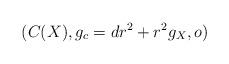
LaTeX: \begin{align*} (C(X),g_c=dr^2 + r^2g_X,o)\end{align*}